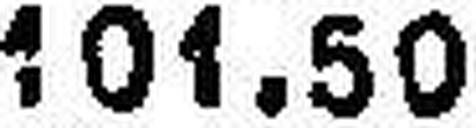
101.50